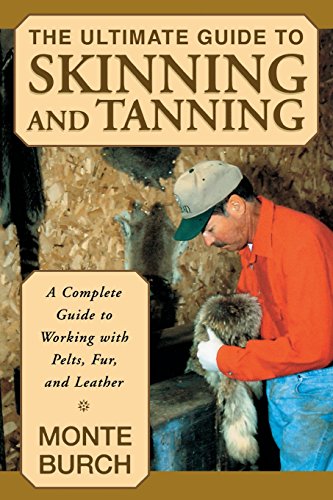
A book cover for The Ultimate Guide to Skinning and Tanning: A Complete Guide to Working with Pelts, Fur, and Leather; Monte Burch; Sports & Outdoors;